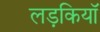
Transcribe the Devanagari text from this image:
लड़कियाॅ